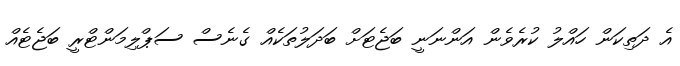
އެ ދަތިކަން ހައްލު ކުރެވެން އަންނަނީ ބަޖެޓަށް ބަދަލުތަކެއް ގެނެސް ސަޕްލިމަންޓްރީ ބަޖެޓެއް